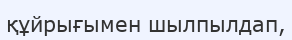
құйрығымен шылпылдап,